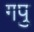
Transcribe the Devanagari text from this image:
गपु